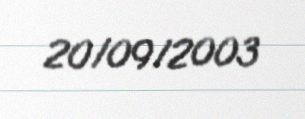
20/09/2003